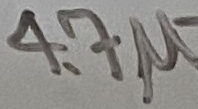
Text: 4.7µ